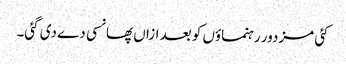
کئی مزدور رہنماؤں کو بعد ازاں پھانسی دے دی گئی۔